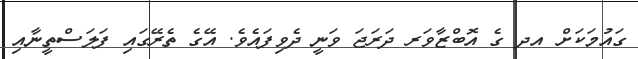
ގައުމަކަށް އދ ގެ އޮބްޒާވަރ ދަރަޖަ ވަނީ ދެވިފައެވެ. އޭގެ ތެރޭގައި ފަލަސްތީނާއި